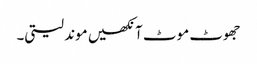
جھوٹ موٹ آنکھیں موند لیتی۔